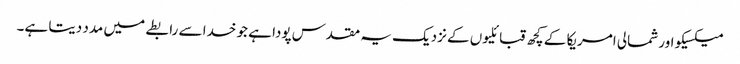
میکسیکو اور شمالی امریکا کے کچھ قبائلیوں کے نزدیک یہ مقدس پودا ہے جو خدا سے رابطے میں مدد دیتا ہے۔